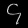
Digit: ၄